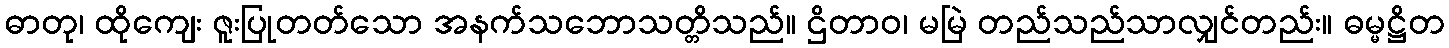
ဓာတု၊ ထိုကျေး ဇူးပြုတတ်သော အနက်သဘောသတ္တိသည်။ ဌိတာဝ၊ မမြဲ တည်သည်သာလျှင်တည်း။ ဓမ္မဋ္ဌိတ